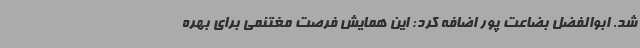
شد. ابوالفضل بضاعت پور اضافه کرد: این همایش فرصت مغتنمی برای بهره